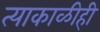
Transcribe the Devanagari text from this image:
त्याकाळीही